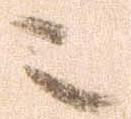
ニ